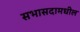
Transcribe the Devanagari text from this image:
सभासदामधील